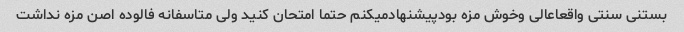
بستنی سنتی واقعاعالی وخوش مزه بودپیشنهادمیکنم حتما امتحان کنید ولی متاسفانه فالوده اصن مزه نداشت